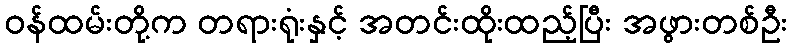
ဝန်ထမ်းတို့က တရားရုံးနှင့် အတင်းထိုးထည့်ပြီး အဖွားတစ်ဦး